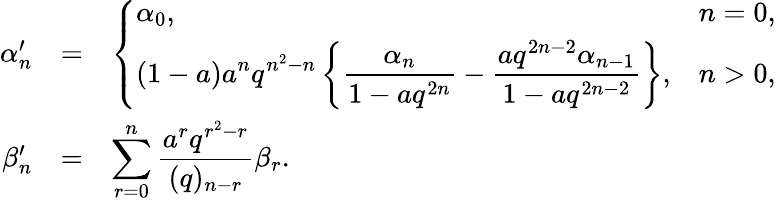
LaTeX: \begin{array}{rcl}{{\alpha_{n}^{\prime}}}&{{=}}&{{\left\{ \begin{array}{ll}{{\alpha_{0},}}&{{n=0,}}\\ {{\displaystyle(1-a)a^{n}q^{n^{2}-n}\left\{ \frac{\alpha_{n}}{1-aq^{2n}}-\frac{aq^{2n-2}\alpha_{n-1}}{1-aq^{2n-2}}\right\} ,}}&{{n>0,}}\end{array}\right.}}\\ {{\beta_{n}^{\prime}}}&{{=}}&{{\displaystyle\sum_{r=0}^{n}\frac{a^{r}q^{r^{2}-r}}{(q)_{n-r}}\beta_{r}.}}\end{array}